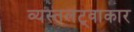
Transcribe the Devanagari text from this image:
व्यस्तलट्वाकार